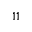
^ { 1 1 }